Vaccination in Burma 1920-1933 - 1920-1933
Year: 1920
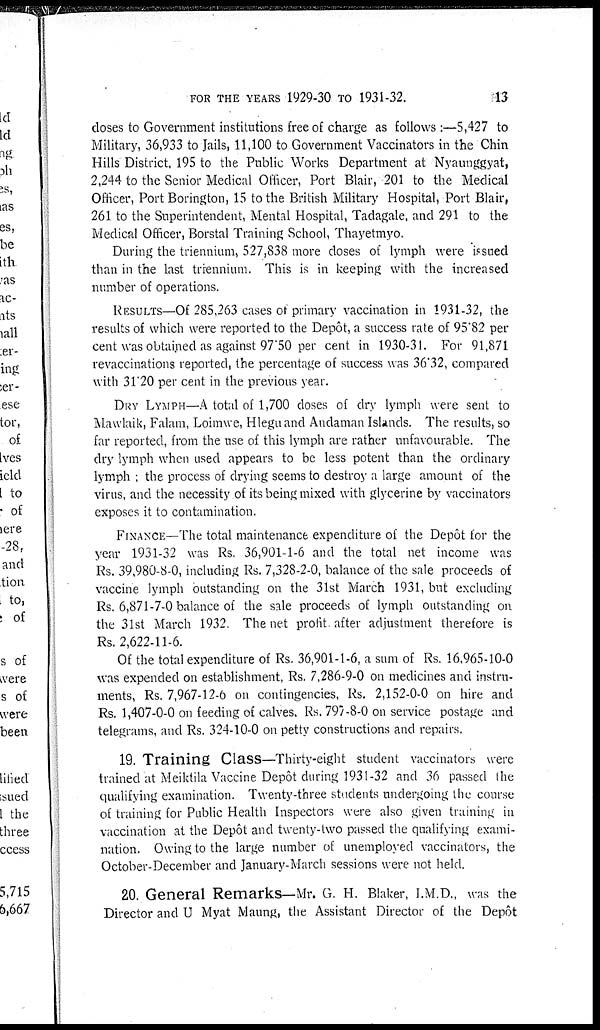
FOR THE YEARS 1929-30 TO1931-32.
13
doses to Government institutions free of charge as follows :—5,427 to
Military, 36,933 to Jails, 11,100 to Government Vaccinators in the Chin
Hills District, 195 to the Public Works Department at Nyaunggyat,
2,244 to the Senior Medical Officer, Port Blair, 201 to the Medical
Officer, Port Borington, 15 to the British Military Hospital, Port Blair,
261 to the Superintendent, Mental Hospital, Tadagale, and 291 to the
Medical Officer, Borstal Training School, Thayetmyo.
During the triennium, 527,838 more doses of lymph were issued
than in the last triennium. This is in keeping with the increased
number of operations.
RESULTS—Of 285,263 cases of primary vaccination in 1931-32, the
results of which were reported to the Depôt, a success rate of 95.82 per
cent was obtained as against 97.50 per cent in 1930-31. For 91,871
revaccinations reported, the percentage of success was 36.32, compared
with 31.20 per cent in the previous year.
DRY LYMPH—A total of 1,700 doses of dry lymph were sent to
Mawlaik, Falam, Loimwe, Hlegu and Andaman Islands. The results, so
far reported, from the use of this lymph are rather unfavourable. The
dry lymph when used appears to be less potent than the ordinary
lymph ; the process of drying seems to destroy a large amount of the
virus, and the necessity of its being mixed with glycerine by vaccinators
exposes it to contamination.
FINANCE—The total maintenance expenditure of the Depôt for the
year 1931-32 was Rs. 36,901-1-6 and the total net income was
Rs. 39,980-8-0, including Rs. 7,328-2-0, balance of the sale proceeds of
vaccine lymph outstanding on the 31st March 1931, but excluding
Rs. 6,871-7-0 balance of the sale proceeds of lymph outstanding on
the 31st March 1932. The net profit after adjustment therefore is
Rs. 2,622-11-6.
Of the total expenditure of Rs. 36,901-1-6, a sum of Rs. 16,965-10-0
was expended on establishment, Rs. 7,286-9-0 on medicines and instru-
ments, Rs. 7,967-12-6 on contingencies, Rs. 2,152-0-0 on hire and
Rs. 1,407-0-0 on feeding of calves. Rs. 797-8-0 on service postage and
telegrams, and Rs. 324-10-0 on petty constructions and repairs.
19. Training Class—Thirty-eight student vaccinators were
trained at Meiktila Vaccine Depôt during 1931-32 and 36 passed the
qualifying examination. Twenty-three students undergoing the course
of training for Public Health Inspectors were also given training in
vaccination at the Depôt and twenty-two passed the qualifying exami-
nation. Owing to the large number of unemployed vaccinators, the
October-December and January-March sessions were not held.
20. General Remarks—Mr. G. H. Blaker, I.M.D., was the
Director and U Myat Maung, the Assistant Director of the Depôt